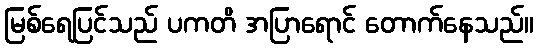
မြစ်ရေပြင်သည် ပကတိ အပြာရောင် တောက်နေသည်။